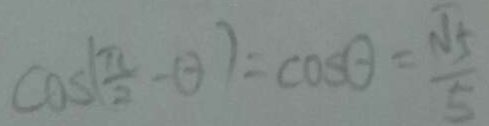
\cos ( \frac { \pi } { 2 } - \theta ) = \cos \theta = \frac { \sqrt { 5 } } { 5 }